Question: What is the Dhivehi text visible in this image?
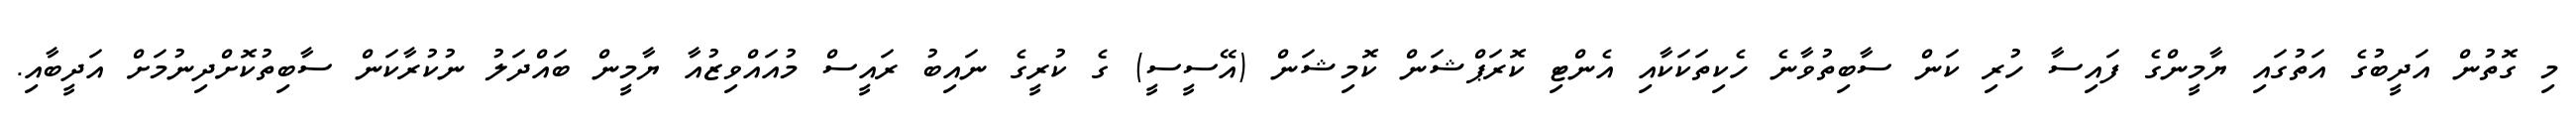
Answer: މި ގޮތުން އަދީބުގެ އަތުގައި ޔާމީންގެ ފައިސާ ހުރި ކަން ސާބިތުވާނެ ހެކިތަކަކާއި އެންޓި ކޮރަޕްޝަން ކޮމިޝަން (އޭސީސީ) ގެ ކުރީގެ ނައިބު ރައީސް މުއައްވިޒުއާ ޔާމީން ބައްދަލު ނުކުރާކަން ސާބިތުކޮށްދިނުމަށް އަދީބާއި.